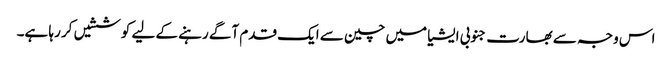
اس وجہ سے بھارت جنوبی ایشیا میں چین سے ایک قدم آگے رہنے کے لیے کوششیں کر رہا ہے۔